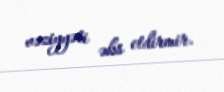
vəziyyəti əks etdirmir.